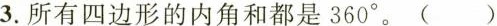
3.所有四边形的内角和都是360^{\circ}。()